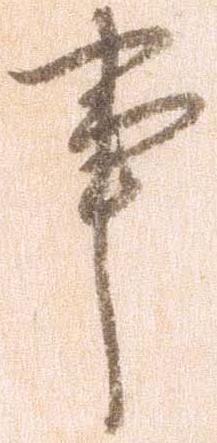
事